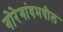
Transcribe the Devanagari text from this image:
गोरेगांवमधील